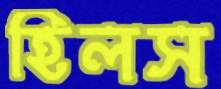
হিলস